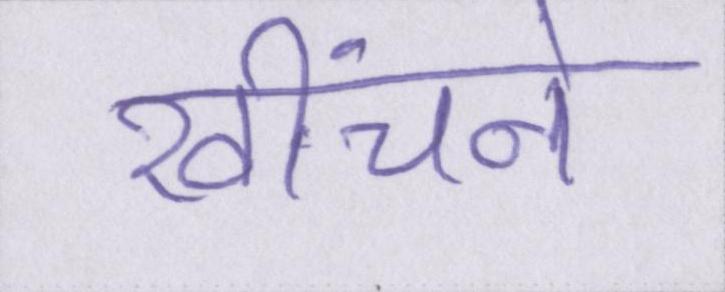
खींचने